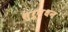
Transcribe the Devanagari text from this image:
सुरून्धन